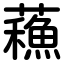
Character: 蘓